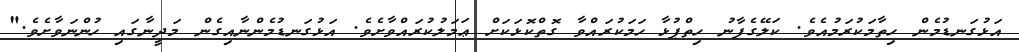
އަޅުގަނޑުމެން ހިތާމަކުރަމުއެވެ. ކަލޭގެފާނު ހިތްޕުޅާ ހަމަކުރައްވާ ގޮތްކޮޅަކަށް ޢަމަލުކުރައްވާށެވެ. އަޅުގަނޑުމެންނާއިގެން މަދީނާގައި ހުންނަވާށެވެ."